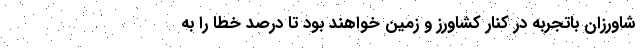
شاورزان باتجربه در کنار کشاورز و زمین خواهند بود تا درصد خطا را به